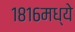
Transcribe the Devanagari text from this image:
१८१६मध्ये